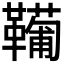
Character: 𩍘